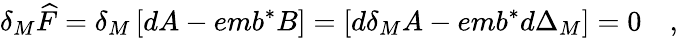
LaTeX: \delta_{M}\widehat{F}=\delta_{M}\left[dA-emb^{*}B\right]=\left[d\delta_{M}A-emb^{*}d\Delta_{M}\right]=0\quad,